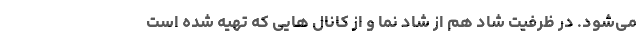
می‌شود. در ظرفیت شاد هم از شاد نما و از کانال هایی که تهیه شده است